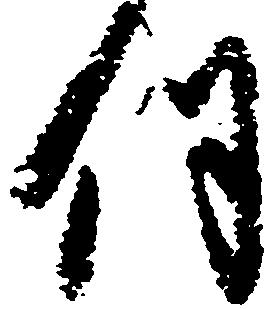
伺